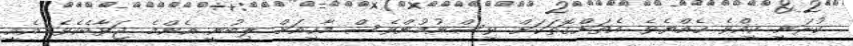
ކުރަނީ ކީއްވެ ހެއްޔެވެ. އެތަށްގޮތަކަށް ވިސްނުމުންވެސް މާހީއަށް ލިބުނީ އެންމެ ޖަވާބެކެވެ. އެއީ